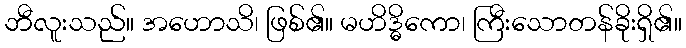
ဘီလူးသည်။ အဟောသိ၊ ဖြစ်၏။ မဟိဒ္ဓိကော၊ ကြီးသောတန်ခိုးရှိ၏။